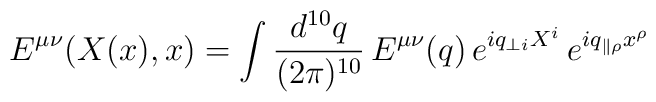
E^{\mu \nu} (X(x),x) = \int \frac{d^{10} q}{(2 \pi)^{10}} \, E^{\mu \nu} (q) \,e^{iq_{\perp i} X^i} \,  e^{i q_{\parallel \rho} x^{\rho}}